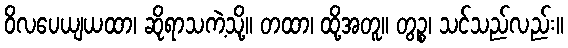
ဝိလပေယျယထာ၊ ဆိုရာသကဲ့သို့။ တထာ၊ ထို့အတူ။ တွဉ္စ၊ သင်သည်လည်း။